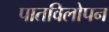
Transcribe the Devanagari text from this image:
पातविलोपन